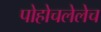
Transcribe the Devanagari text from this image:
पोहोचलेलेच